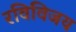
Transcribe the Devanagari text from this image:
रविविजय